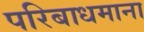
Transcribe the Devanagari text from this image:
परिबाधमाना